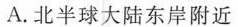
A.北半球大陆东岸附近